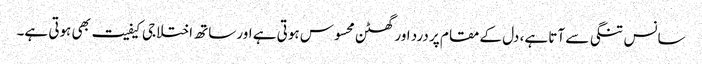
سانس تنگی سے آتا ہے، دل کے مقام پر درد اور گھٹن محسوس ہوتی ہے اور ساتھ اختلاجی کیفیت بھی ہوتی ہے۔